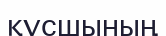
құсшының